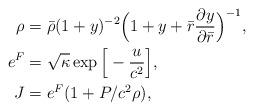
LaTeX: \begin{align*}\rho&=\bar{\rho} (1+y)^{-2}\Big(1+y+\bar{r}\frac{\partial y}{\partial\bar{r}}\Big)^{-1}, \\e^F&=\sqrt{\kappa}\exp\Big[-\frac{u}{c^2}\Big], \\J&=e^F(1+P/c^2\rho),\end{align*}